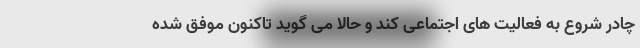
چادر شروع به فعالیت های اجتماعی کند و حالا می گوید تاکنون موفق شده